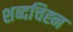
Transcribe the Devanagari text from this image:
शब्दचिह्न